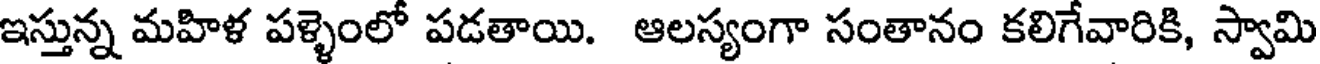
ఇస్తున్న మహిళ పళ్ళెంలో పడతాయి. ఆలస్యంగా సంతానం కలిగేవారికి, స్వామి